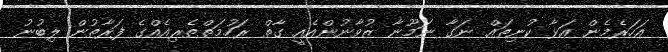
އަހަރެމެން އަޅާ ކުނިތައް ނަގާ ނަމޫނާ ޒުވާނުންއެއީ ގާތް ރަހުމަތްތެރިއެއްގެ ފަރާތުން ލިބުނު